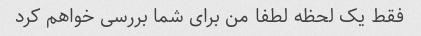
فقط یک لحظه لطفا من برای شما بررسی خواهم کرد